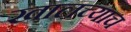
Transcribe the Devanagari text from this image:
खालच्याच